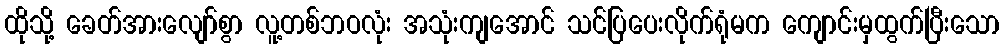
ထိုသို့ ခေတ်အားလျော်စွာ လူ့တစ်ဘဝလုံး အသုံးကျအောင် သင်ပြပေးလိုက်ရုံမက ကျောင်းမှထွက်ပြီးသော